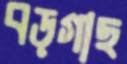
বড়গাছ